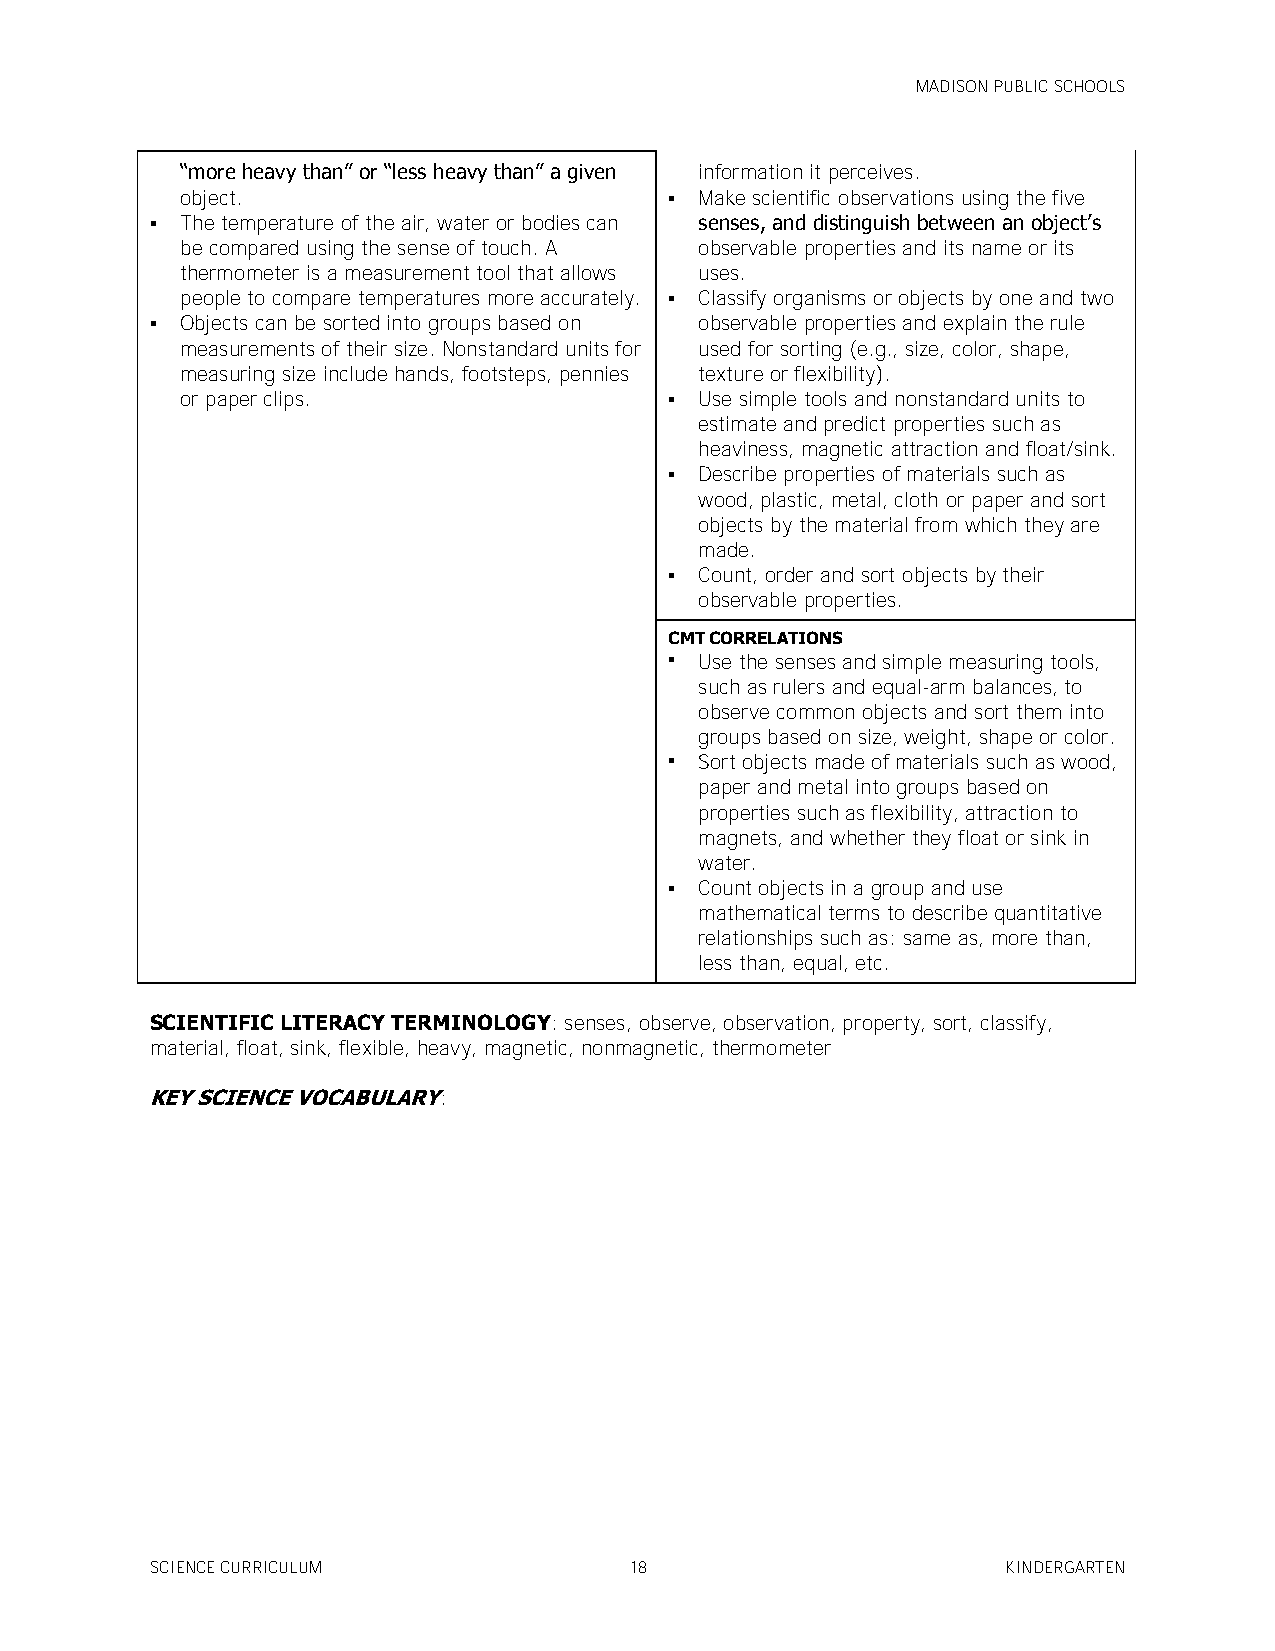
MADISON PUBLIC SCHOOLS
 ―more heavy than‖ or ―less heavy than‖ a given information it perceives.
 object.                          Make scientific observations using the five
  The temperature of the air, water or bodies can senses, and distinguish between an object’s
 be compared using the sense of touch. A observable properties and its name or its
 thermometer is a measurement tool that allows uses.
 people to compare temperatures more accurately.  Classify organisms or objects by one and two
  Objects can be sorted into groups based on observable properties and explain the rule
 measurements of their size. Nonstandard units for used for sorting (e.g., size, color, shape,
 measuring size include hands, footsteps, pennies texture or flexibility).
 or paper clips.                  Use simple tools and nonstandard units to
 estimate and predict properties such as
 heaviness, magnetic attraction and float/sink.
  Describe properties of materials such as
 wood, plastic, metal, cloth or paper and sort
 objects by the material from which they are
 made.
  Count, order and sort objects by their
 observable properties.
 CMT CORRELATIONS
  Use the senses and simple measuring tools,
 such as rulers and equal-arm balances, to
 observe common objects and sort them into
 groups based on size, weight, shape or color.
  Sort objects made of materials such as wood,
 paper and metal into groups based on
 properties such as flexibility, attraction to
 magnets, and whether they float or sink in
 water.
  Count objects in a group and use
 mathematical terms to describe quantitative
 relationships such as: same as, more than,
 less than, equal, etc.
 SCIENTIFIC LITERACY TERMINOLOGY: senses, observe, observation, property, sort, classify,
 material, float, sink, flexible, heavy, magnetic, nonmagnetic, thermometer
 KEY SCIENCE VOCABULARY:
 SCIENCE CURRICULUM              18                       KINDERGARTEN